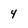
Character: 4